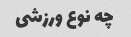
چه نوع ورزشی